system: You are a helpful assistant.
user:
Analyze the provided spectrum to determine if it is a **M-type Giant (gM)**.

A M-type Giant spectrum is defined by its **strong molecular absorption** features, particularly from **Titanium Oxide (TiO)**. You must check for one of the following mutually exclusive signatures:

- **Key Visual Indicators (Absorption-Dominated Spectrum):**

    - **(Primary):** The spectrum is dominated by strong molecular absorption from **Titanium Oxide (TiO)**. This is the **defining feature** of its M-type temperature class.
        - **(Key Bandheads):** Look for sharp, "saw-tooth" absorption valleys. The strongest are located near **~7050 Å**, **~6160 Å**, and **~5170 Å**.
        - **(Line Profile):** The "saw-tooth" morphology is critical: a **sharp, steep drop on the BLUE (short-wavelength) side** of the bandhead, followed by a gradual recovery (rising flux) towards the RED (long-wavelength) side.

    - **(Key Confirmation - Giant vs. Dwarf):** **ABSENCE** of strong **Calcium Hydride (CaH)** molecular bands. This is the primary diagnostic for *excluding* M-dwarfs.
        - **(Key Region):** The spectrum should lack the strong, broad absorption band seen in dwarfs between **~6800 Å and ~7000 Å**.

    - **(Secondary Confirmation - Giant):** A very strong and broad **Neutral Calcium (Ca I)** atomic absorption line.
        - **(Key Line):** Located at **~4226 Å**. In a giant (gM), this line is significantly deeper and broader than the same line in an M-dwarf (dM) due to low surface gravity.

    - **(Overall Spectrum):**
        - The continuum is **extremely red-sloping** (i.e., flux is very low in the blue and rises dramatically towards the red).
        - The entire spectrum appears "chopped up" by the deep TiO bands.

Think first, call **spectral_visualization_tool** if needed to examine features in detail, then provide your final answer. Your response must adhere to the following strict rules:
1.  **Overall Structure:** Your response must follow the format `<think>...</think> <tool_call>...</tool_call> (if a tool is used) <answer>...</answer>`.
2.  **Tool Usage Constraint:** You may only make **one** tool call per turn.
3.  **Final Answer Format:** In the `<answer>` tag, your conclusion must be inside a `\boxed{}` command (e.g., `\boxed{YES}` or `\boxed{NO}`), followed by your justification.

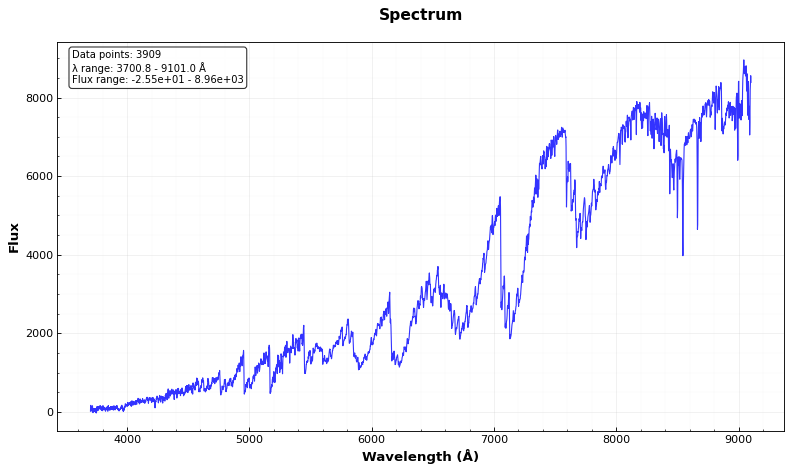
Answer: YES